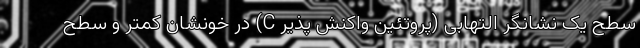
سطح یک نشانگر التهابی (پروتئین واکنش پذیر C) در خونشان کمتر و سطح